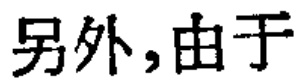
另外,由于